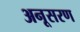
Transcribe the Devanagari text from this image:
अनूसरण